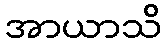
အာယာသိ